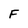
Character: F